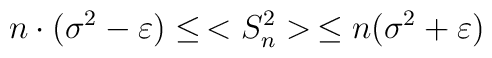
n\cdot(\sigma^2-\varepsilon)\leq\,<S_n^2>\,\leq  n(\sigma^2+\varepsilon)